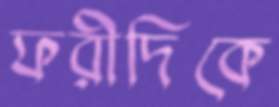
ফরীদিকে